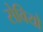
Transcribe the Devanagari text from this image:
सेवियो